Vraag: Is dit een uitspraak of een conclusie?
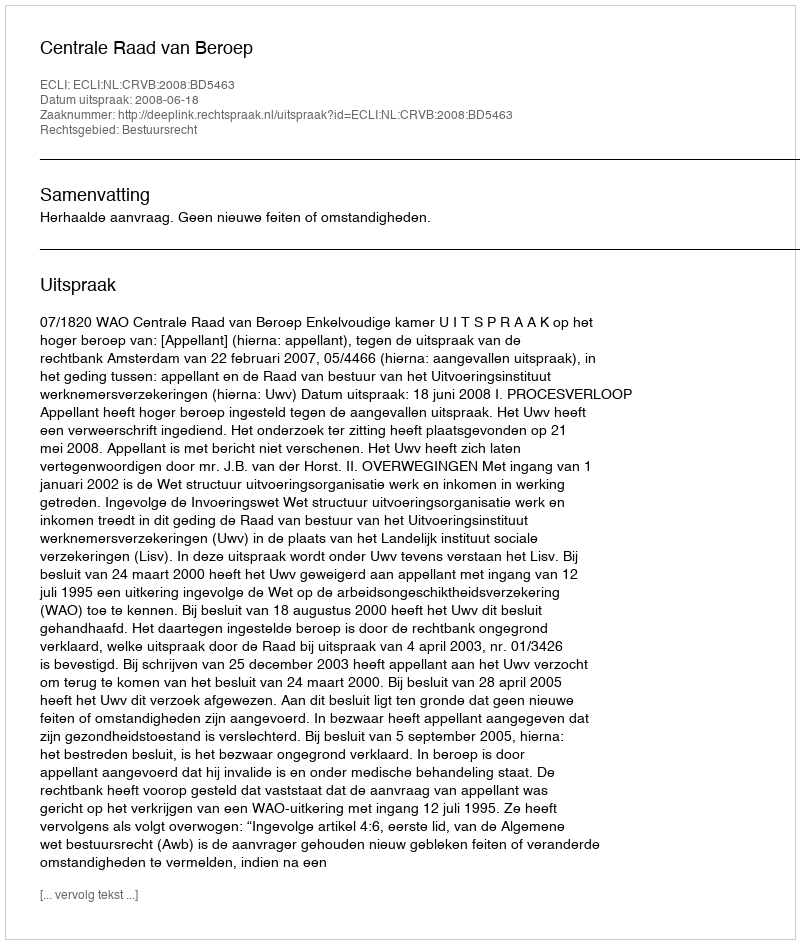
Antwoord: Uitspraak